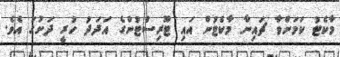
މާކެޓު ކަމަށްވާ ޗައިނާ މާކެޓުން އައި ޓޫރިސްޓުންގެ އަދަދު ހުރީ ދަށުގަ އެވެ.